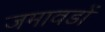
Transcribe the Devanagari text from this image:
जमावडों